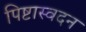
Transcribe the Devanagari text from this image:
पिष्टास्वदन